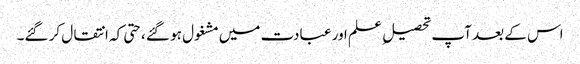
اس کے بعد آپ تحصیل ِ علم اور عبادت میں مشغول ہو گئے ،حتی کہ انتقال کر گئے۔